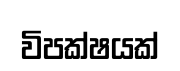
විපක්ෂයක්